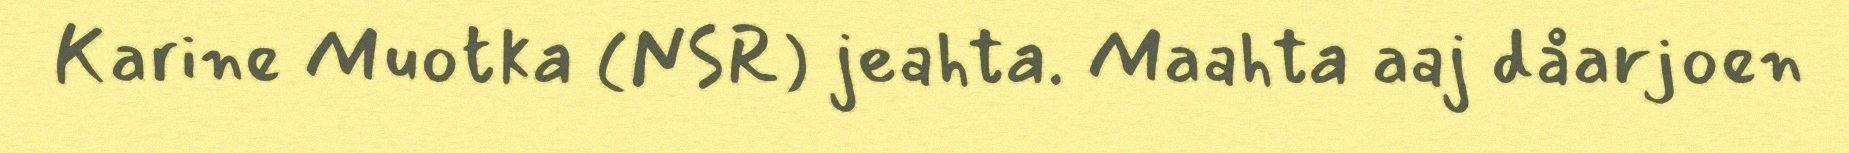
Karine Muotka (NSR) jeahta. Maahta aaj dåarjoen